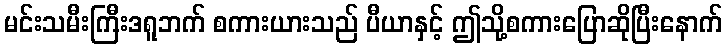
မင်းသမီးကြီးဒရူဘက် စကားယားသည် ပီယာနှင့် ဤသို့စကားပြောဆိုပြီးနောက်